Indian journal of veterinary science and animal husbandry - Volume 14,
Year: 1944
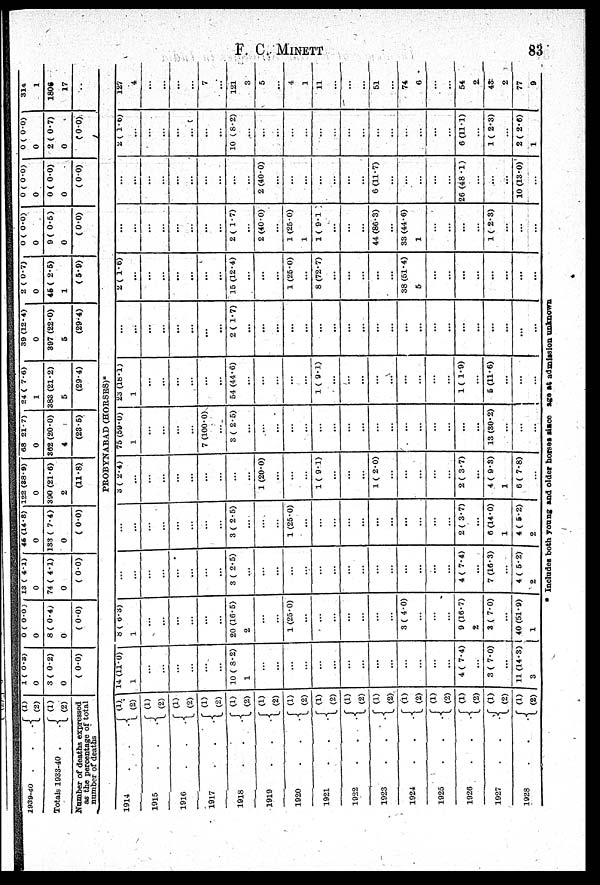
F.
C.
MINETT
83
1939-40
.
.
.
Totals 1933-40 .
.
.
(1)
(2)
(1)
(2)
Number of deaths expresed
as the percentage of total
number of deaths
1914
.
.
.
1915
.
.
.
1916
.
.
.
1917
.
.
.
1918
.
.
.
1919
.
.
.
1920 . . .
1921 . . .
1922
.
.
.
1923 . . .
1924 . . .
1925 . . .
1926 . . .
1927 . . .
1928 . . .
1 ( 0.3)
0
3 ( 0.2)
0
( 0.0)
0 ( 0.0)
0
8 ( 0.4)
0
( 0.0)
13 ( 4.1)
0
74 ( 4.1)
0
( 0.0)
45 (14.8)
0
133 ( 7.4)
0
( 0.0)
122 (88.9)
0
390 (21.6)
2
(11.8)
68 21.7)
0
362 (20.0)
4
(23.5)
24 ( 7.6)
1
383 (21.2)
5
(29.4)
39 (12.4)
0
397 (22.0)
5
(29.4)
2 ( 0.7)
0
45 ( 2.5)
1
(5.9)
0 ( 0.0)
0
9 ( 0.5)
0
( 0.0)
0 ( 0.0)
0
0 ( 0.0)
0
(0.0)
0 ( 0.0)
0
2 ( 0.7)
0
( 0.0)
314
1
1806
17
..
PROBYNABAD (HORSES)*
(1)
(2)
(1)
(2)
(1)
(2)
(1)
(2)
(1)
(2)
(1)
(2)
(1)
(2)
(1)
(2)
(1)
(2)
(1)
(2)
(1)
(2)
(1)
(2)
(1)
(2)
(2)
(2)
(1)
(2)
14 (11.0)
1
...
...
...
...
...
...
10 ( 8.2)
1
...
...
...
...
...
...
...
...
...
...
...
...
...
...
4 ( 7.4)
...
3 ( 7.0)
...
11 (14.3)
3
8 ( 6.3)
1
...
...
...
...
...
...
20 (16.5)
2
...
...
1 (25.0)
...
...
...
...
...
...
...
3 ( 4.0)
...
...
...
9 (16.7)
2
3 ( 7.0)
...
40 (51.9)
1
...
...
...
...
...
...
...
...
3 ( 2.5)
...
...
...
...
...
...
...
...
...
...
...
...
...
...
4 ( 7.4)
...
7 (16.3)
...
4 ( 5.2)
2
...
...
...
...
...
...
...
...
3 ( 2.5)
...
...
...
1 (25.0)
...
...
...
...
...
...
...
...
...
...
...
2 ( 3.7)
...
6 (14.0)
1
4 ( 5.2)
2
3 ( 2.4)
...
...
...
...
...
...
...
...
...
1 (20.0)
...
...
...
1 ( 9.1)
...
...
...
1 ( 2.0)
...
...
...
...
...
2 ( 3.7)
...
4 ( 9.3)
1
6 ( 7.8)
...
75 (59.0)
1
...
...
...
...
7 (100.0)
...
3 ( 2.5)
...
...
...
...
...
...
...
...
...
...
...
...
...
...
...
13 (30.2)
...
...
...
23 (18.1)
1
...
...
...
...
...
54 (44.6)
...
...
...
1
(
9.1)
...
...
...
...
...
...
...
1 ( 1.9)
...
5 (11.6)
...
...
...
...
...
...
...
...
...
...
...
2 ( 1.7)
...
...
...
...
...
...
...
...
...
...
...
...
...
...
...
...
...
...
...
...
...
2 ( 1.6)
...
...
...
...
...
...
...
15 (12.4)
...
...
...
1 (25.0)
...
8 (72.7)
...
...
...
...
...
38 (51.4)
5
...
...
...
...
...
...
...
...
...
...
...
...
...
...
...
...
2 ( 1.7)
...
2 (40.0)
...
1 (25.0)
1
1 ( 9.1 )
...
...
...
44 (86.3)
...
33 (44.6)
1
...
...
...
...
1 ( 2.3)
...
...
...
...
...
...
..
...
...
...
...
...
...
2 (40.0)
...
...
...
...
...
...
...
6 (11.7)
...
...
...
...
...
26 (48.1)
...
...
...
10 (13.0)
...
2
( 1.6)
...
...
...
...
...
...
...
10 ( 8.2)
...
...
...
...
...
...
...
...
...
...
...
...
...
...
...
6 (11.1)
...
1 ( 2.3)
2 ( 2.6)
1
127
4
...
...
...
...
7
...
121
3
5
...
4
1
11
...
...
...
51
...
74
6
...
...
54
2
43
2
77
9
* Includes both young and older horses since age at admission unknown